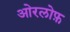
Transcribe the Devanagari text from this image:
ओरलोफ़